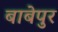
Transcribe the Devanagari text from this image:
बाबेपुर